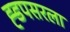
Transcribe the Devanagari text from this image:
ह्डपसरला